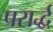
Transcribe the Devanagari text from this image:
परार्द्ध